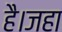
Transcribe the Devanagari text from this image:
है।जहा